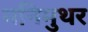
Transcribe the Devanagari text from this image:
मनिमुथर